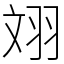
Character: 𦐑